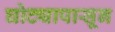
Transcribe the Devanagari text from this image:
घोट्यापासून